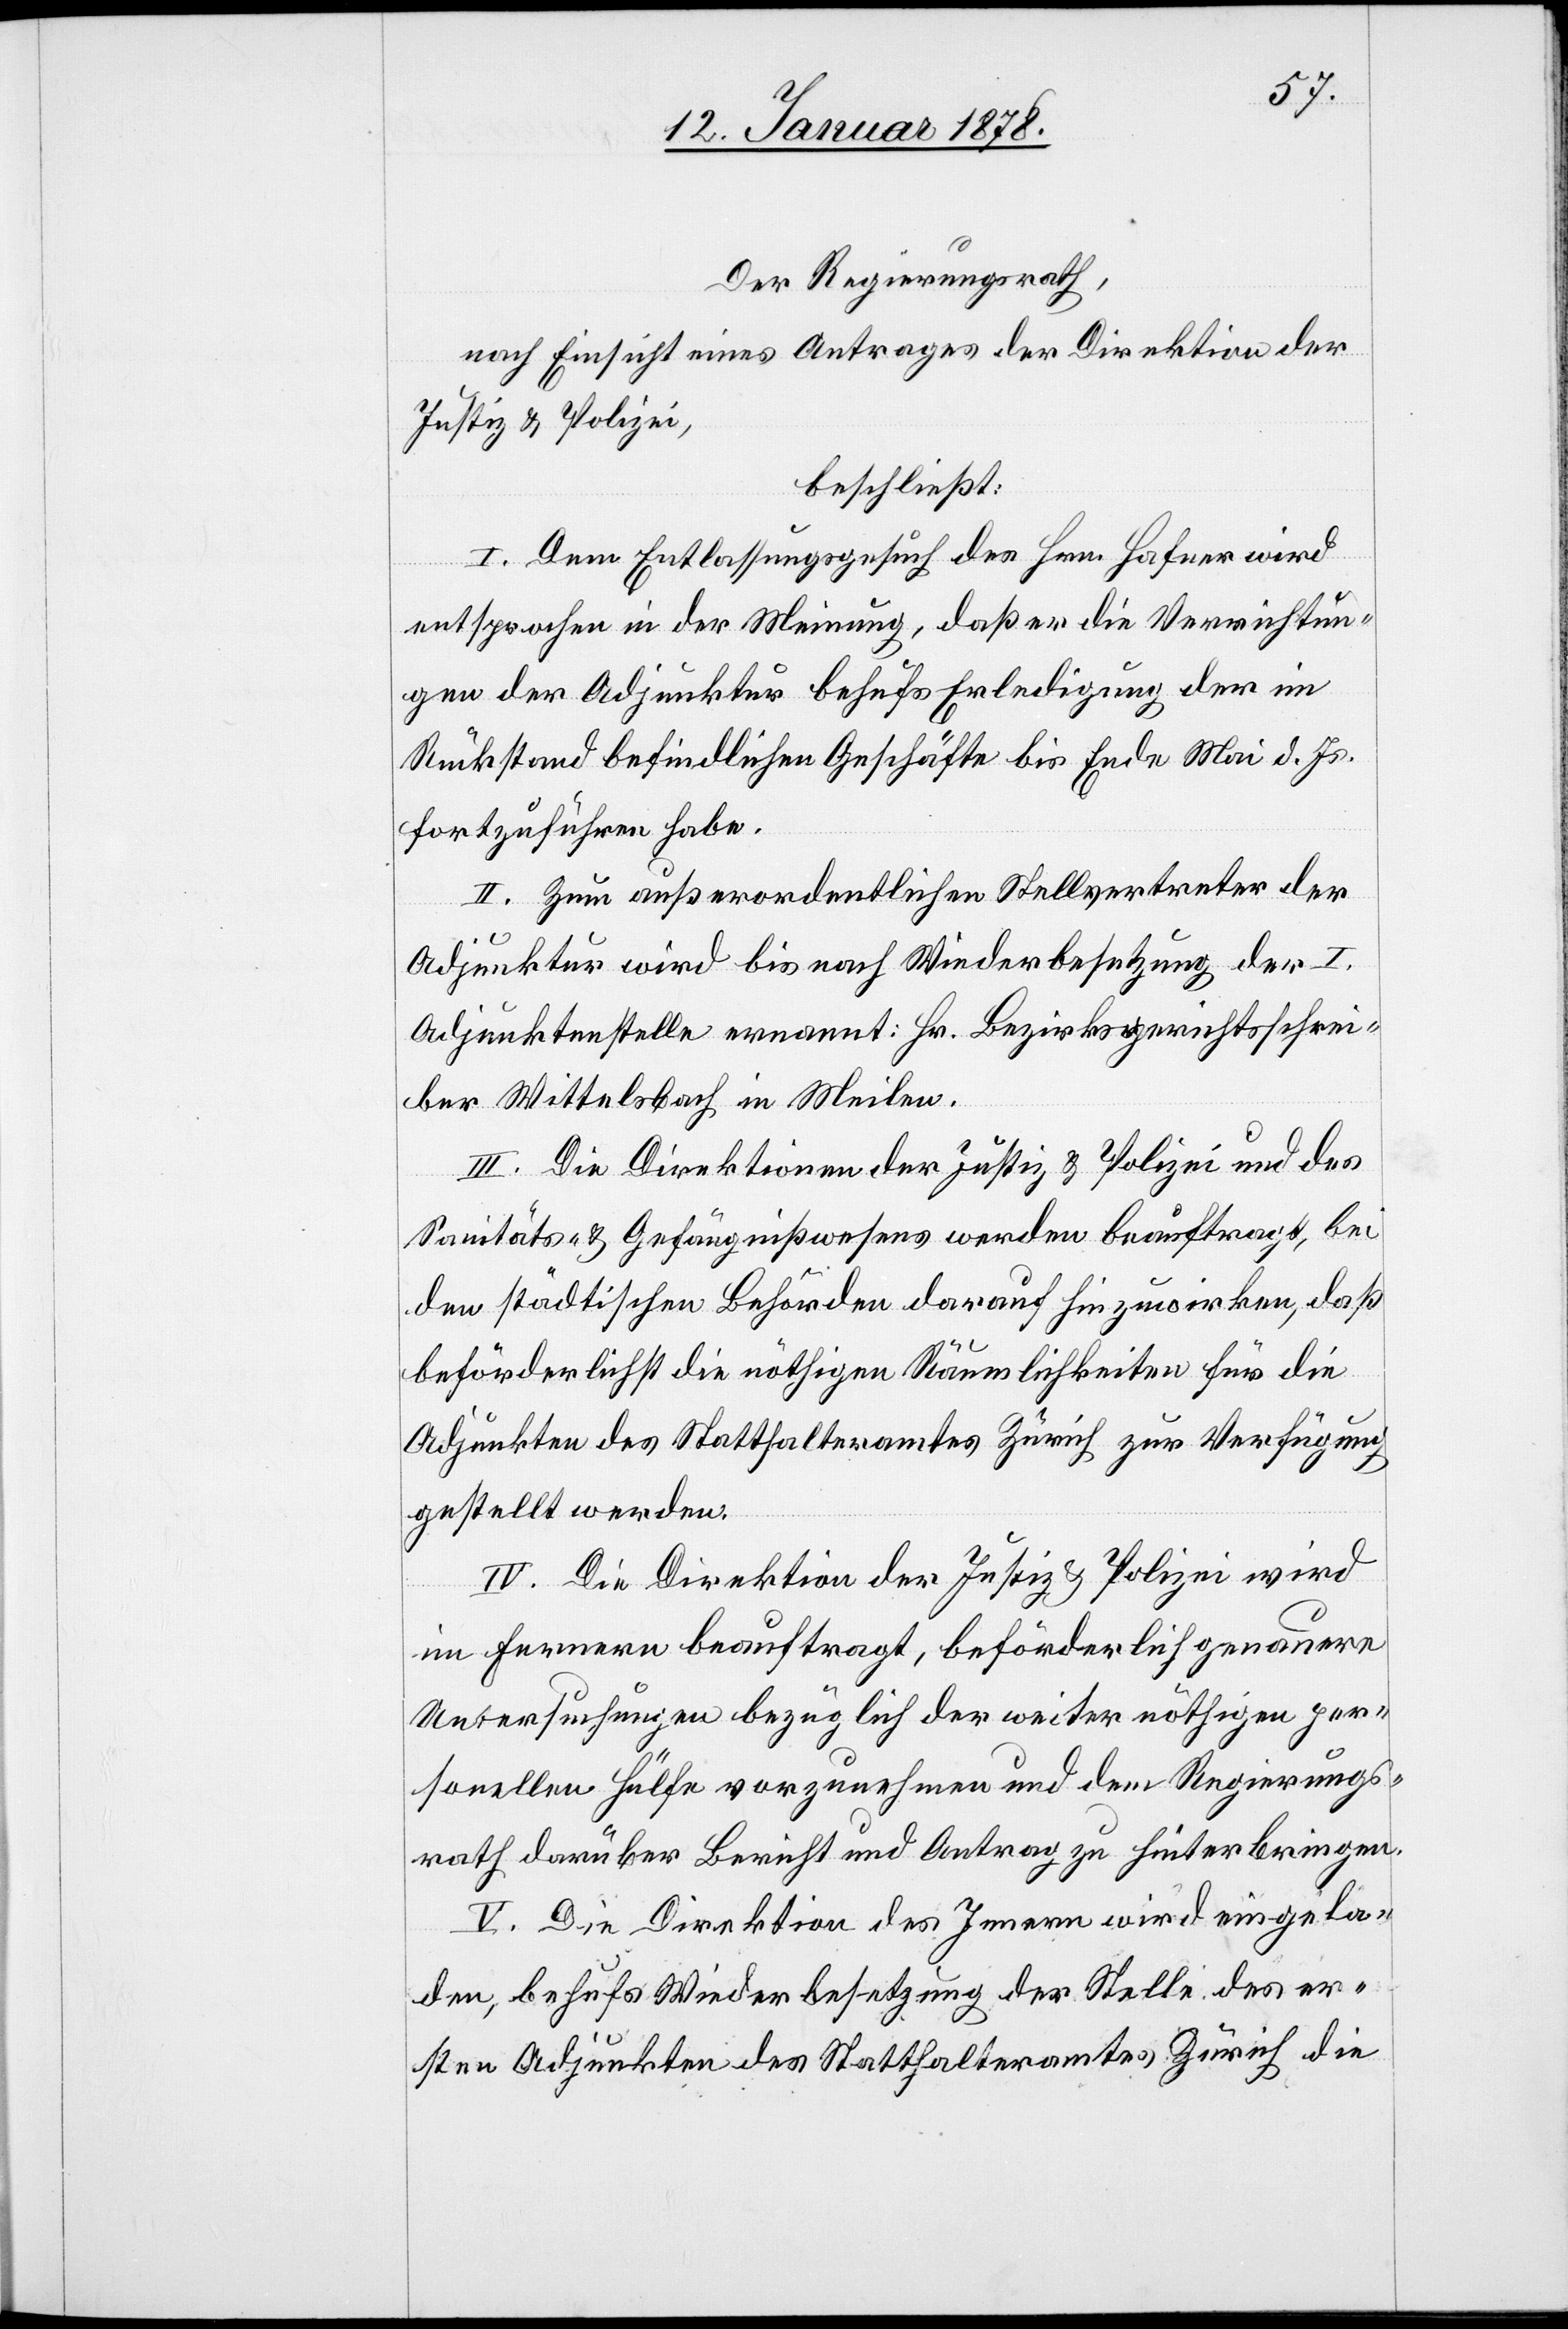
Der Regierungsrath,
nach Einsicht eines Antrages der Direktion der
Justiz & Polizei,
beschließt:
I. Dem Entlassungsgesuch des Hrn. Hafner wird
entsprochen in der Meinung, daß er die Verrichtun¬
gen der Adjunktur behufs Erledigung der in
Rückstand befindlichen Geschäfte bis Ende Mai d. Js.
fortzuführen habe.
II. Zum außerordentlichen Stellvertreter der
Adjunktur wird bis nach Wiederbesetzung der I.
Adjunktenstelle ernannt: Hr. Bezirksgerichtsschrei¬
ber Wittelsbach in Meilen.
III. Die Direktionen der Justiz & Polizei und des
Sanitäts- & Gefängnißwesens werden beauftragt, bei
den städtischen Behörden darauf hinzuwirken, daß
beförderlichst die nöthigen Räumlichkeiten für die
Adjunkten des Statthalteramtes Zürich zur Verfügung
gestellt werden.
IV. Die Direktion der Justiz & Polizei wird
im Fernern beauftragt, beförderlich genauere
Untersuchungen bezüglich der weiter nöthigen per¬
sonellen Hülfe vorzunehmen und dem Regierungs¬
rathe darüber Bericht und Antrag zu hinterbringen.
V. Die Direktion des Innern wird eingela¬
den, behufs Wiederbesetzung der Stelle des er¬
sten Adjunkten des Statthalteramtes Zürich die